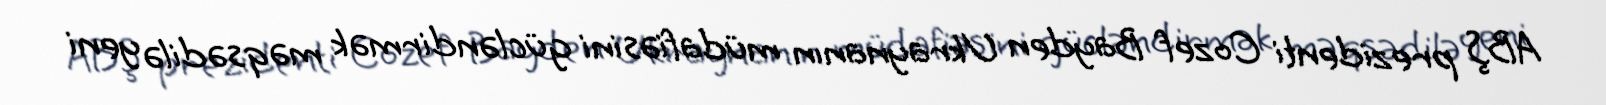
ABŞ prezidenti Cozef Bayden Ukraynanın müdafiəsini gücləndirmək məqsədilə yeni